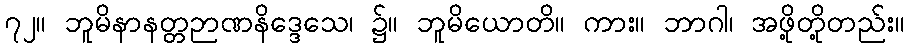
၇၂။ ဘူမိနာနတ္တဉာဏနိဒ္ဒေသေ၊ ၌။ ဘူမိယောတိ။ ကား။ ဘာဂါ၊ အဖို့တို့တည်း။